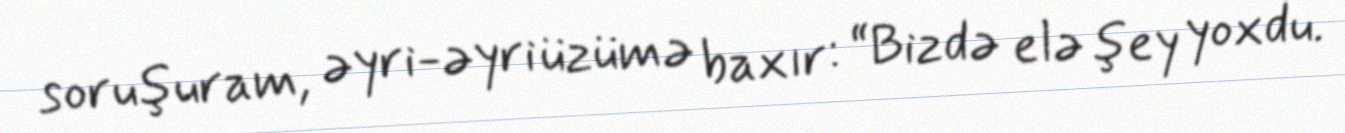
soruşuram, əyri-əyri üzümə baxır: “Bizdə elə şey yoxdu.